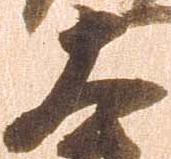
大